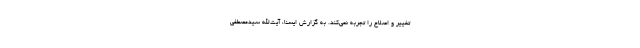
تغییر و اصلاح را تجربه نمی‌کند. به گزارش ایسنا، آیت‌الله سیدمصطفی